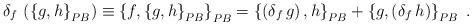
LaTeX: \begin{align*}\delta_{f}\,\left( \left\{ g,h\right\} _{{\footnotesize PB}}\right)\equiv\left\{ f,\left\{ g,h\right\} _{{\footnotesize PB}}\right\}_{{\footnotesize PB}}=\left\{ \left( \delta_{f}\,g\right) ,h\right\}_{{\footnotesize PB}}+\left\{ g,\left( \delta_{f}\,h\right) \right\}_{{\footnotesize PB}}\;.\end{align*}